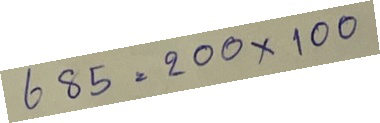
685 = 200 x 100